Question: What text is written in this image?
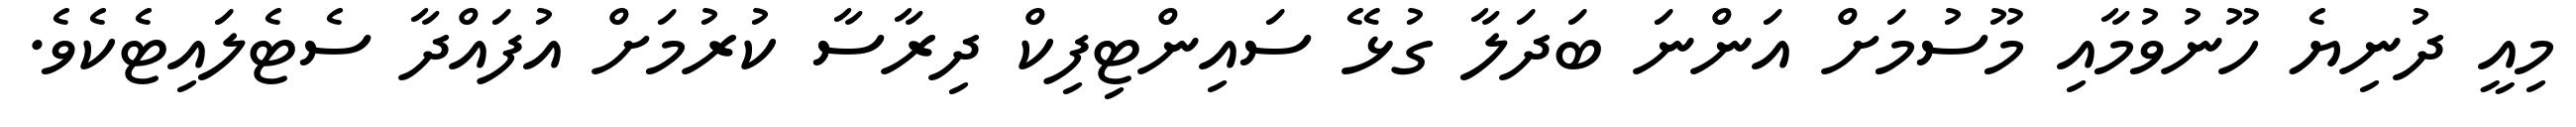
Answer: މިއީ ދުނިޔެ ހޫނުވުމާއި މޫސުމަށް އަންނަ ބަދަލާ ގުޅޭ ސައިންޓިފިކް ދިރާސާ ކުރުމަށް އުފައްދާ ސެޓެލައިޓެކެވެ.